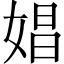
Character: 娼